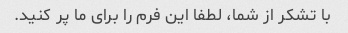
با تشکر از شما، لطفا این فرم را برای ما پر کنید.